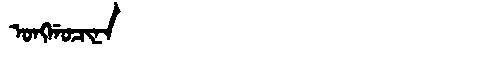
Manchu: ᠣᠩᡤᠣᠴᡳᠨᠠ
Romanization: ONGGOCINA